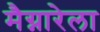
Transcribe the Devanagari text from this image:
मैग्नारेला